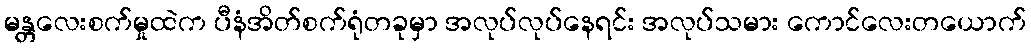
မန္တလေးစက်မှုထဲက ပီနံအိတ်စက်ရုံတခုမှာ အလုပ်လုပ်နေရင်း အလုပ်သမား ကောင်လေးတယောက်